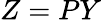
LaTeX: Z=PY